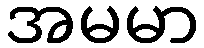
အမမာ